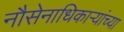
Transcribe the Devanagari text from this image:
नौसेनाधिकाऱ्यांच्या